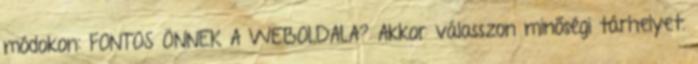
módokon: FONTOS ÖNNEK A WEBOLDALA? Akkor válasszon minőségi tárhelyet.